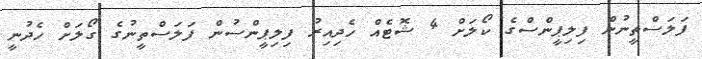
ފަލަސްތީނުން ފިލިޕީންސްގެ ކޯލަށް 4 ޝޮޓެއް ހެދިއިރު ފިލިޕީންސުން ފަލަސްތީނުގެ ގޯލަށް ހެދުނީ